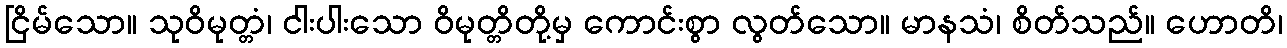
ငြိမ်သော။ သုဝိမုတ္တံ၊ ငါးပါးသော ဝိမုတ္တိတို့မှ ကောင်းစွာ လွတ်သော။ မာနသံ၊ စိတ်သည်။ ဟောတိ၊